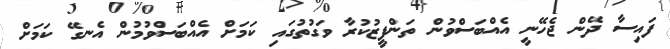
ފައިސާ ދޭން ޖެހޭނީ އެއްބަސްވުން ތަންފީޒުކުރާ ވަގުތުގައި ކަމަށް އެއްބަސްވުމުން އެނގޭ ކަމަށް